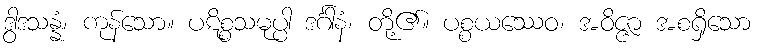
ဒွါဒသန္နံ၊ ကုန်သော။ ပဋိစ္စသမုပ္ပါ ဒင်္ဂါနံ၊ တို့၏။ ပစ္စယဿေဝ၊ အဝိဇ္ဇာ အစရှိသော